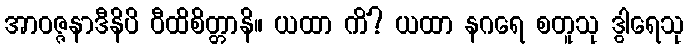
အာဝဇ္ဇနာဒီနိပိ ဝီထိစိတ္တာနိ။ ယထာ ကိံ? ယထာ နဂရေ စတူသု ဒွါရေသု